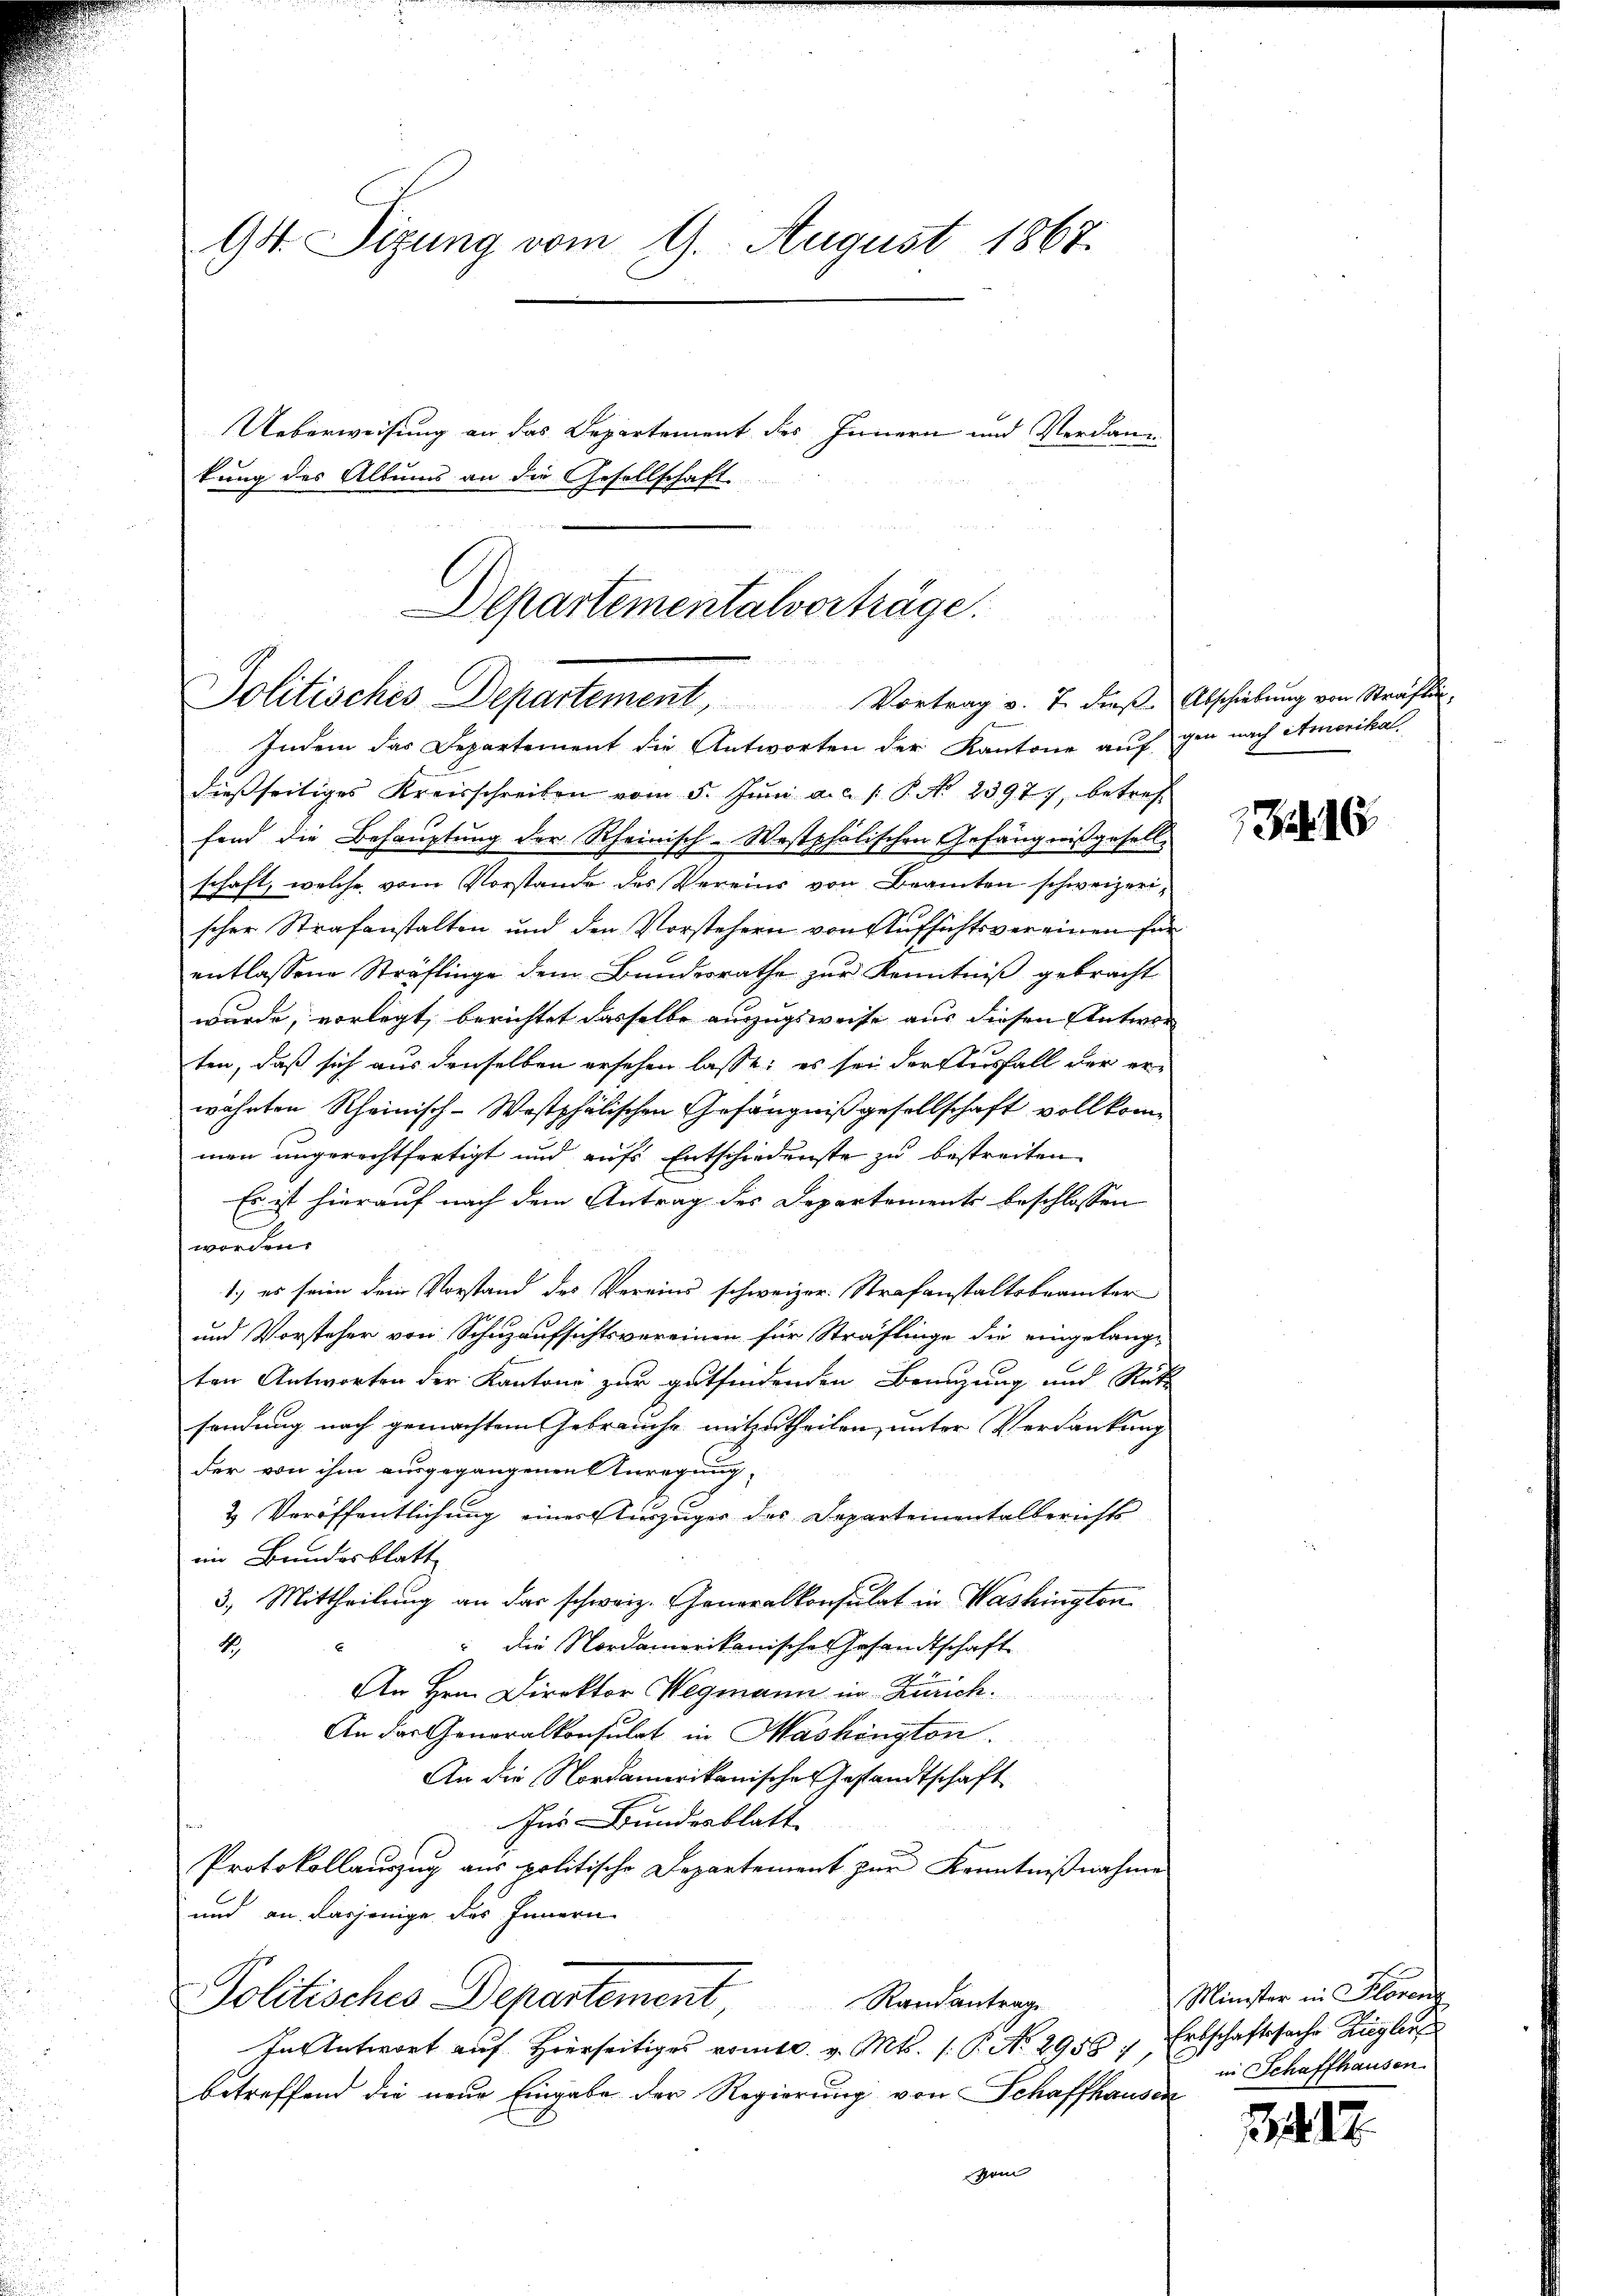
94 Sizung vom 9. August 1867.
Ueberweisung an das Departement des Innern und Verdankung des Altums an die Gesellschaft.

Departementalverträge.
n

Politisches Departement, Vortrag v. 7. dieß

Indem das Departement die Antworten der Kantone auf im nach Amerikal
dießseitiges Kreisschreiben vom 5. Jŭni a.c. s. P. No 2397), betref
fond die Behauptung der Rheinisch-Westphalischen Gefängnißgesell-
schaft, welche vom Vorstande des Vereins von Beamten schweizerischer Strafanstalten und den Vorstehern von Aufsichtsvereinen für
entlassene Sträflinge dem Bundesrathe zur Kenntniß gebracht
wurde, vorlegt, berichtet dasselbe auszugsweise aus diesen Antwor
ten, daß sich aus denselben ersehen lasse; es sei der Ausfall der erwähnten Scheinisch-Wostphälischen Gefängniß gesellschaft vollkom
men ungerechtfertigt und aufs Entschiedenste zu bestreiten.
Es ist hierauf nach dem Antrag des Departements beschlossen
worden.
1.) es sein dem Vorstand des Vereins schweizer. Strafanstaltsbrämter
und Vorsteher von Schuzaufsichtsvereinen für Sträflinge die eingelang-
ten Antworten der Kantone zur gutfindenden Benuzung und Rückz
sendung nach gemachtem Gebrauche mitzutheilen, unter Verdankung
der von ihm ausgegangenen Anregung
2 Veröffentlichung einer Auszuges der Departementalberichts
im Brundesblatt
3.) Mittheilung an das schweiz. Generalkonsulat in Washington
die Nordamerikanisches Gesandtschaft
1
An Hrn. Direktor Wegmann in Zürich.
An das Generalkonsulat in Maskington.
An die Nordamerikanische Gestandtschaft
Ins Bundesblatt
Protokollauszug aus politische Departement zur Kenntnißnahme
und an dasjenige des Innern
Politisches Departement Randantrage
In Antwort auf Hierseitiges vomtl. v. Mts. (: P. No. 2956 : Erbschaftssache Ziegler
betreffend die neue Eingabe der Regierung von Schaffhausen
Gren

Abschiebung von Straflen,

15

Minister in Florenz
in Schaffhausen.

417.